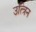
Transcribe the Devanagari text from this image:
उत्त्रिन